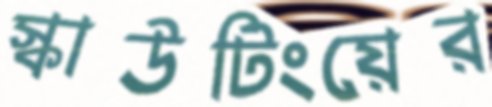
স্কাউটিংয়ের